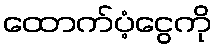
ထောက်ပံ့ငွေကို